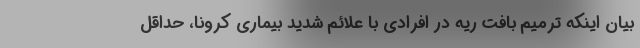
بیان اینکه ترمیم بافت ریه در افرادی با علائم شدید بیماری کرونا، حداقل